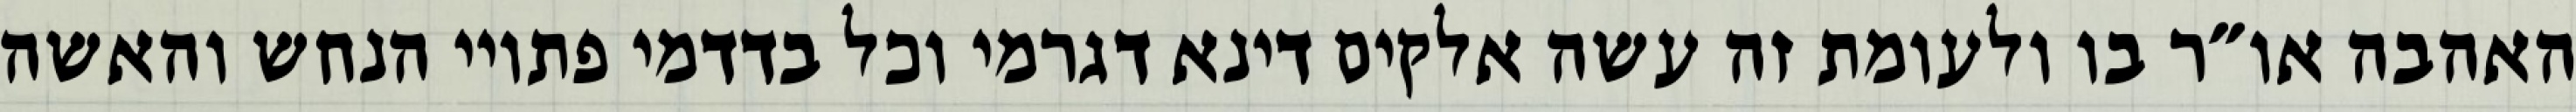
האהבה או״ר בו ולעומת זה עשה אלקים דינא דגרמי וכל בדדמי פתויי הנחש והאשה